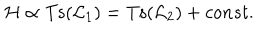
LaTeX: { \cal H } \propto \mathrm { T s } ( { \cal L } _ { 1 } ) = \mathrm { T s } ( { \cal L } _ { 2 } ) + c o n s t .